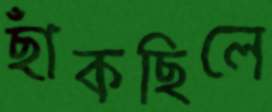
ছাঁকছিলে